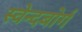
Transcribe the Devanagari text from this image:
स्वेन्दबोर्ग